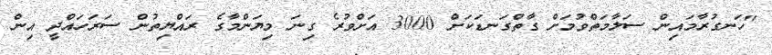
"ހަނގުރާމައިން ސަލާމަތްވުމަށް ގާތްގަނޑަކަށް 3000 އަށްވުރެ ގިނަ މިޔަންމާގެ ރައްޔިތުން ސަރަހައްދީ އިން